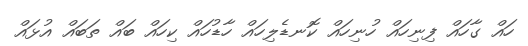
ހައް ގާހައް ފިނިހައް ހުނިހައް ކޮނޑެލިހައް ހާޑުހައް ކިހައް ބައް ތަބައް އުޅައް